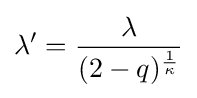
\lambda '={\lambda  \over (2-q)^{1 \over \kappa }}